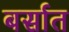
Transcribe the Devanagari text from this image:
बर्सात